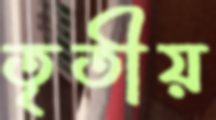
তৃতীয়